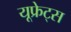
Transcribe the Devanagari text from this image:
यूफ्रेट्स